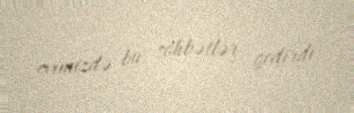
evimizdə bu söhbətlər gedirdi.